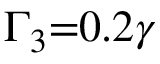
{ \Gamma _ { 3 } } \mathrm { { = } } 0 . 2 \gamma